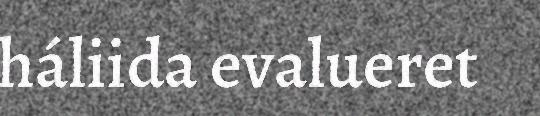
háliida evalueret